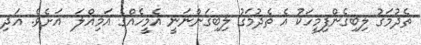
ތެދުމަގު ލިބިގެންފިމީހަކު އެ ތެދުމަގު ލިބިގަންނަނީ އެމީހެއްގެ އަމިއްލަ  އަށެވެ. އަދި